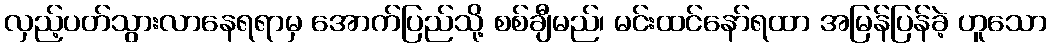
လှည့်ပတ်သွားလာနေရရာမှ အောက်ပြည်သို့ စစ်ချီမည်၊ မင်းထင်နော်ရထာ အမြန်ပြန်ခဲ့ ဟူသော